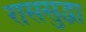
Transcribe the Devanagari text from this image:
राससुद्धा